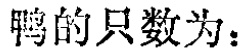
鸭的只数为：